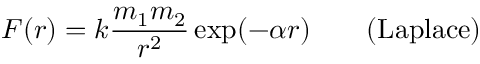
F ( r ) = k { \frac { m _ { 1 } m _ { 2 } } { r ^ { 2 } } } \exp ( - \alpha r ) \qquad { \mathrm { ( L a p l a c e ) } }